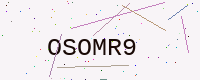
Text: OSOMR9